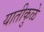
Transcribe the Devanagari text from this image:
यातीकुळे